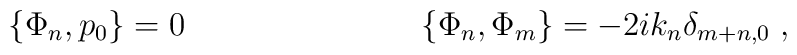
\{\Phi_n,p_0\} = 0 \hspace{3cm} \{\Phi_n,\Phi_m\} = -2ik_n\delta_{m+n,0}\; ,